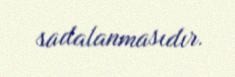
sadalanmasıdır.